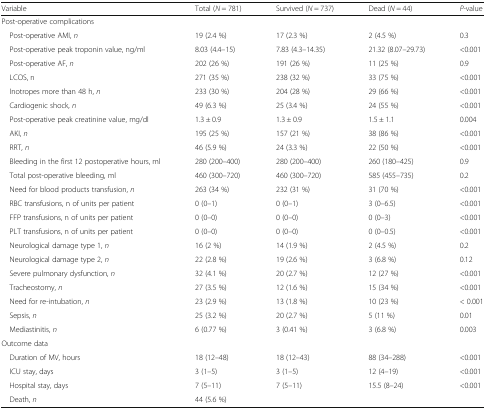
<table><thead><tr><td><b>Variable</b></td><td><b>Total (<i>N</i> = 781)</b></td><td><b>Survived (<i>N</i> = 737)</b></td><td><b>Dead (<i>N</i> = 44)</b></td><td><b><i>P</i>-value</b></td></tr></thead><tbody><tr><td colspan="5">Post-operative complications</td></tr><tr><td> Post-operative AMI, <i>n</i></td><td>19 (2.4 %)</td><td>17 (2.3 %)</td><td>2 (4.5 %)</td><td>0.3</td></tr><tr><td> Post-operative peak troponin value, ng/ml</td><td>8.03 (4.4–15)</td><td>7.83 (4.3–14.35)</td><td>21.32 (8.07–29.73)</td><td>&lt;0.001</td></tr><tr><td> Post-operative AF, <i>n</i></td><td>202 (26 %)</td><td>191 (26 %)</td><td>11 (25 %)</td><td>0.9</td></tr><tr><td> LCOS, n</td><td>271 (35 %)</td><td>238 (32 %)</td><td>33 (75 %)</td><td>&lt;0.001</td></tr><tr><td> Inotropes more than 48 h, <i>n</i></td><td>233 (30 %)</td><td>204 (28 %)</td><td>29 (66 %)</td><td>&lt;0.001</td></tr><tr><td> Cardiogenic shock, <i>n</i></td><td>49 (6.3 %)</td><td>25 (3.4 %)</td><td>24 (55 %)</td><td>&lt;0.001</td></tr><tr><td> Post-operative peak creatinine value, mg/dl</td><td>1.3 ± 0.9</td><td>1.3 ± 0.9</td><td>1.5 ± 1.1</td><td>0.004</td></tr><tr><td> AKI, <i>n</i></td><td>195 (25 %)</td><td>157 (21 %)</td><td>38 (86 %)</td><td>&lt;0.001</td></tr><tr><td> RRT, <i>n</i></td><td>46 (5.9 %)</td><td>24 (3.3 %)</td><td>22 (50 %)</td><td>&lt;0.001</td></tr><tr><td> Bleeding in the first 12 postoperative hours, ml</td><td>280 (200–400)</td><td>280 (200–400)</td><td>260 (180–425)</td><td>0.9</td></tr><tr><td> Total post-operative bleeding, ml</td><td>460 (300–720)</td><td>460 (300–720)</td><td>585 (455–735)</td><td>0.2</td></tr><tr><td> Need for blood products transfusion, <i>n</i></td><td>263 (34 %)</td><td>232 (31 %)</td><td>31 (70 %)</td><td>&lt;0.001</td></tr><tr><td> RBC transfusions, n of units per patient</td><td>0 (0–1)</td><td>0 (0–1)</td><td>3 (0–6.5)</td><td>&lt;0.001</td></tr><tr><td> FFP transfusions, n of units per patient</td><td>0 (0–0)</td><td>0 (0–0)</td><td>0 (0–3)</td><td>&lt;0.001</td></tr><tr><td> PLT transfusions, n of units per patient</td><td>0 (0–0)</td><td>0 (0–0)</td><td>0 (0–0.5)</td><td>&lt;0.001</td></tr><tr><td> Neurological damage type 1, <i>n</i></td><td>16 (2 %)</td><td>14 (1.9 %)</td><td>2 (4.5 %)</td><td>0.2</td></tr><tr><td> Neurological damage type 2, <i>n</i></td><td>22 (2.8 %)</td><td>19 (2.6 %)</td><td>3 (6.8 %)</td><td>0.12</td></tr><tr><td> Severe pulmonary dysfunction, <i>n</i></td><td>32 (4.1 %)</td><td>20 (2.7 %)</td><td>12 (27 %)</td><td>&lt;0.001</td></tr><tr><td> Tracheostomy, <i>n</i></td><td>27 (3.5 %)</td><td>12 (1.6 %)</td><td>15 (34 %)</td><td>&lt;0.001</td></tr><tr><td> Need for re-intubation, <i>n</i></td><td>23 (2.9 %)</td><td>13 (1.8 %)</td><td>10 (23 %)</td><td>&lt; 0.001</td></tr><tr><td> Sepsis, <i>n</i></td><td>25 (3.2 %)</td><td>20 (2.7 %)</td><td>5 (11 %)</td><td>0.01</td></tr><tr><td> Mediastinitis, <i>n</i></td><td>6 (0.77 %)</td><td>3 (0.41 %)</td><td>3 (6.8 %)</td><td>0.003</td></tr><tr><td colspan="5">Outcome data</td></tr><tr><td> Duration of MV, hours</td><td>18 (12–48)</td><td>18 (12–43)</td><td>88 (34–288)</td><td>&lt;0.001</td></tr><tr><td> ICU stay, days</td><td>3 (1–5)</td><td>3 (1–5)</td><td>12 (4–19)</td><td>&lt;0.001</td></tr><tr><td> Hospital stay, days</td><td>7 (5–11)</td><td>7 (5–11)</td><td>15.5 (8–24)</td><td>&lt;0.001</td></tr><tr><td> Death, <i>n</i></td><td>44 (5.6 %)</td><td></td><td></td><td></td></tr></tbody></table>